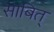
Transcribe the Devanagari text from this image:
साबित्